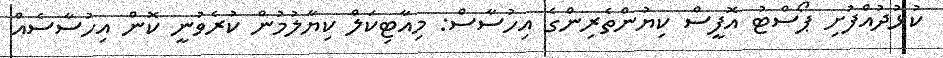
ކުޅުދުއްފުށި ޕޯސްޓު އޮފީސް ކިޔުންތެރިންގެ އިހުސާސް: މިއާޓިކަލް ކިޔާލުމުން ކުރެވުނީ ކޮން އިހުސާސެއް